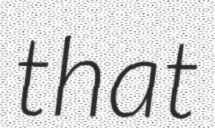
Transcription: that